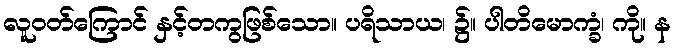
လူဝတ်ကြောင် နှင့်တကွဖြစ်သော။ ပရိသာယ၊ ၌။ ပါတိမောက္ခံ၊ ကို။ န